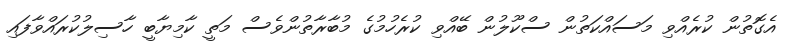
އެގޮތުން ކުރެއްވި މަސައްކަތުން ސްކޫލުން ބޭއްވި ކުރެހުމުގެ މުބާރާތުންވެސް މަތީ ކާމިޔާބީ ހާސިލުކުރައްވާފައި